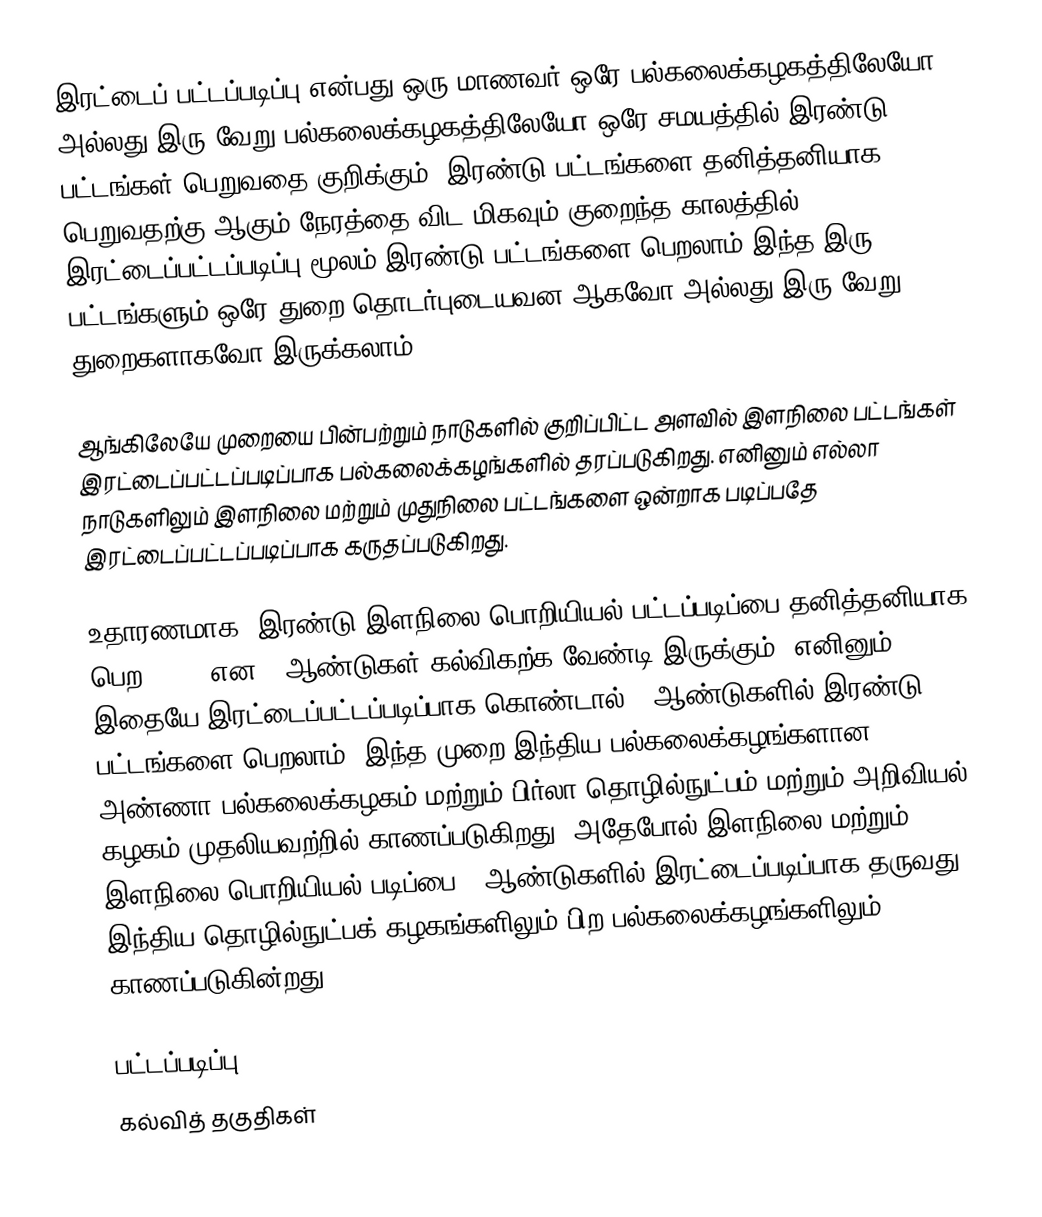
இரட்டைப் பட்டப்படிப்பு என்பது ஒரு மாணவர் ஒரே பல்கலைக்கழகத்திலேயோ அல்லது இரு வேறு பல்கலைக்கழகத்திலேயோ ஒரே சமயத்தில் இரண்டு பட்டங்கள் பெறுவதை குறிக்கும். இரண்டு பட்டங்களை தனித்தனியாக பெறுவதற்கு ஆகும் நேரத்தை விட மிகவும் குறைந்த காலத்தில் இரட்டைப்பட்டப்படிப்பு மூலம் இரண்டு பட்டங்களை பெறலாம்.இந்த இரு பட்டங்களும் ஒரே துறை தொடர்புடையவன ஆகவோ அல்லது இரு வேறு துறைகளாகவோ இருக்கலாம்.

ஆங்கிலேயே முறையை பின்பற்றும் நாடுகளில் குறிப்பிட்ட அளவில் இளநிலை பட்டங்கள் இரட்டைப்பட்டப்படிப்பாக பல்கலைக்கழங்களில் தரப்படுகிறது. எனினும் எல்லா நாடுகளிலும் இளநிலை மற்றும் முதுநிலை பட்டங்களை ஒன்றாக படிப்பதே இரட்டைப்பட்டப்படிப்பாக கருதப்படுகிறது.

உதாரணமாக, இரண்டு இளநிலை பொறியியல் பட்டப்படிப்பை தனித்தனியாக பெற 4 + 4 என 8 ஆண்டுகள் கல்விகற்க வேண்டி இருக்கும். எனினும் இதையே இரட்டைப்பட்டப்படிப்பாக கொண்டால் 5 ஆண்டுகளில் இரண்டு பட்டங்களை பெறலாம். இந்த முறை இந்திய பல்கலைக்கழங்களான, அண்ணா பல்கலைக்கழகம் மற்றும் பிர்லா தொழில்நுட்பம் மற்றும் அறிவியல் கழகம் முதலியவற்றில் காணப்படுகிறது. அதேபோல் இளநிலை மற்றும் இளநிலை பொறியியல் படிப்பை 5 ஆண்டுகளில் இரட்டைப்படிப்பாக தருவது இந்திய தொழில்நுட்பக் கழகங்களிலும் பிற பல்கலைக்கழங்களிலும் காணப்படுகின்றது.

பட்டப்படிப்பு
கல்வித் தகுதிகள்